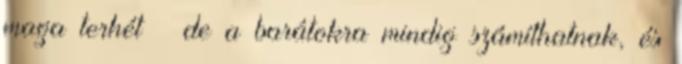
maga terhét – de a barátokra mindig számíthatnak, és